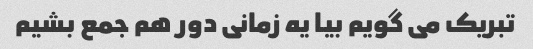
تبریک می گویم بیا یه زمانی دور هم جمع بشیم